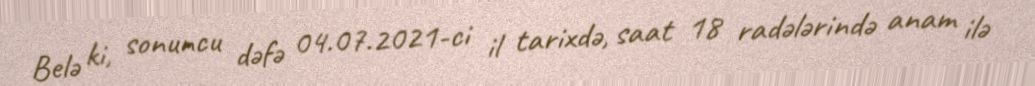
Belə ki, sonuncu dəfə 04.07.2021-ci il tarixdə, saat 18 radələrində anam ilə